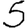
Digit: 5